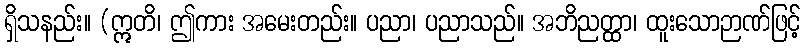
ရှိသနည်း။ (ဣတိ၊ ဤကား အမေးတည်း။ ပညာ၊ ပညာသည်။ အဘိညတ္ထာ၊ ထူးသောဉာဏ်ဖြင့်